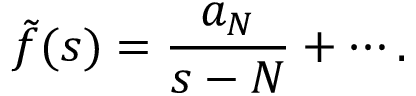
{ \tilde { f } } ( s ) = { \frac { a _ { N } } { s - N } } + \cdots .